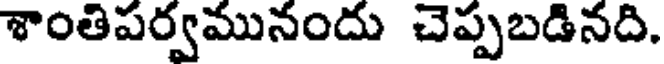
శాంతిపర్వమునందు చెప్పబడినది.